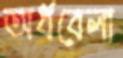
অর্ধবেলা